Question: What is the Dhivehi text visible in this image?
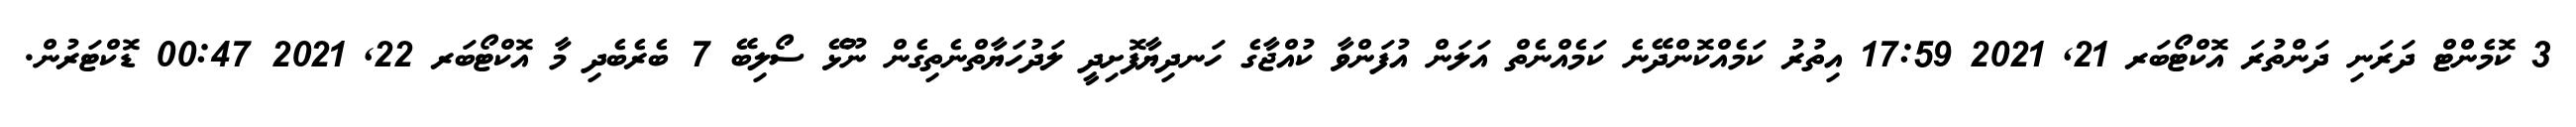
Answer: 3 ކޮމެންޓް ދަރަނި ދަންތުރަ އޮކްޓޯބަރ 21, 2021 17:59 އިތުރު ކަމެއްކޮންދޭނެ ކަމެއްނެތް އަލަން އުފަންވާ ކުއްޖާގެ ހަނދިޔާފޮށިދީ ލަދުހަޔާތްނެތިގެން ނޫޅޭ ސޯލިބޭ 7 ބެރެބެދި މާ އޮކްޓޯބަރ 22, 2021 00:47 ޑޮކްޓަރުން.